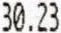
30.23